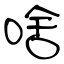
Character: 啥